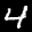
Label: 4